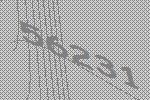
56231